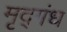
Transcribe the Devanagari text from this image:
मृद्गंध